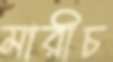
মারীচ